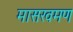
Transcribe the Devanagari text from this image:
मासखमण